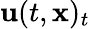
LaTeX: \mathbf{u}(t,\mathbf{{x}})_{t}